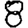
Digit: 8